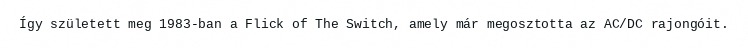
Így született meg 1983-ban a Flick of The Switch, amely már megosztotta az AC/DC rajongóit.